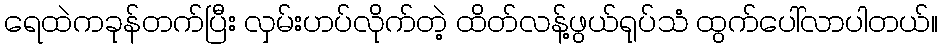
ရေထဲကခုန်တက်ပြီး လှမ်းဟပ်လိုက်တဲ့ ထိတ်လန့်ဖွယ်ရုပ်သံ ထွက်ပေါ်လာပါတယ်။